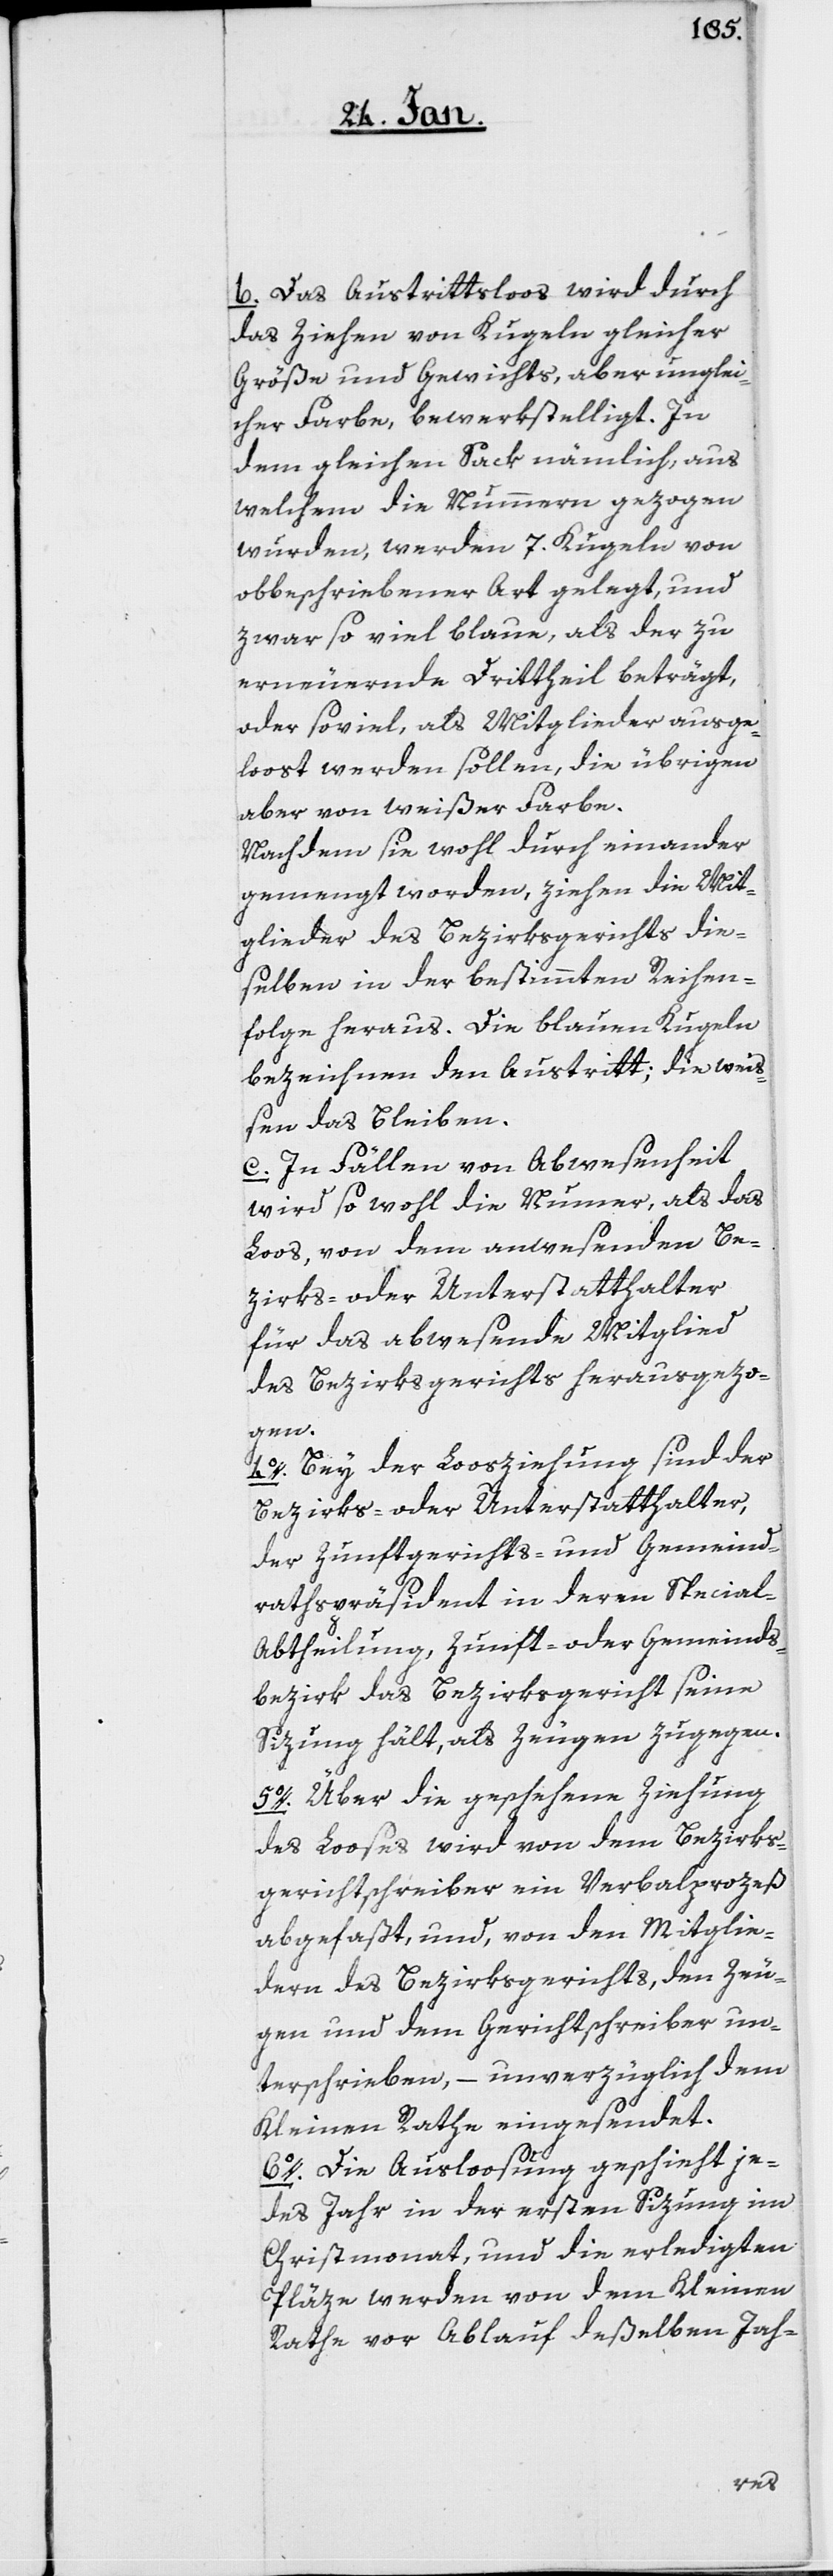
b. Das Austrittsloos wird durch
das Ziehen von Kugeln gleicher
Größe und Gewichts, aber unglei¬
cher Farbe bewerkstelligt. In
dem gleichen Sack nämlich, aus
welchem die Nummern gezogen
wurden, werden 7. Kugeln von
obbeschriebener Art gelegt, und
zwar so viel blaue, als der zu
erneuernde Drittheil beträgt,
oder soviel, als Mitglieder ausge¬
loost werden sollen, die übrigen
aber von weißer Farbe.
Nachdem sie wohl durch einander
gemengt worden, ziehen die Mit¬
glieder des Bezirksgerichts die¬
selben in der bestimmten Reihen¬
folge heraus. Die blauen Kugeln
bezeichnen den Austritt; die wei¬
ßen das Bleiben.
c. In Fällen von Abwesenheit
wird sowohl die Nummer, als das
Loos von dem anwesenden Be¬
zirks- oder Unterstatthalter
für das abwesende Mitglied
des Bezirksgerichts herausgezo¬
gen.
4o. Bey der Loosziehung sind der
Bezirks- oder Unterstatthalter,
der Zunftgerichts- und Gemeind¬
rathspräsident in deren Special-A¬
btheilung, Zunft- oder Gemeinds¬
bezirk das Bezirksgericht seine
Sizung hält, als Zeugen zugegen.
5o. Über die geschehene Ziehung
des Looses wird von dem Bezirks¬
gerichtschreiber ein Verbalprozeß
abgefaßt, und, von den Mitglie¬
dern des Bezirkgerichts, den Zeu¬
gen und dem Gerichtschreiber un¬
terschrieben, – unverzüglich dem
Kleinen Rathe eingesendet.
6o. Die Ausloosung geschieht je¬
des Jahr in der ersten Sizung im
Christmonat, und die erledigten
Pläze werden von dem Kleinen
Rathe vor Ablauf deßelben Jah-